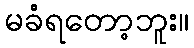
မခံရတော့ဘူး။